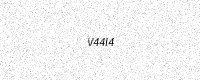
Text: V44I4